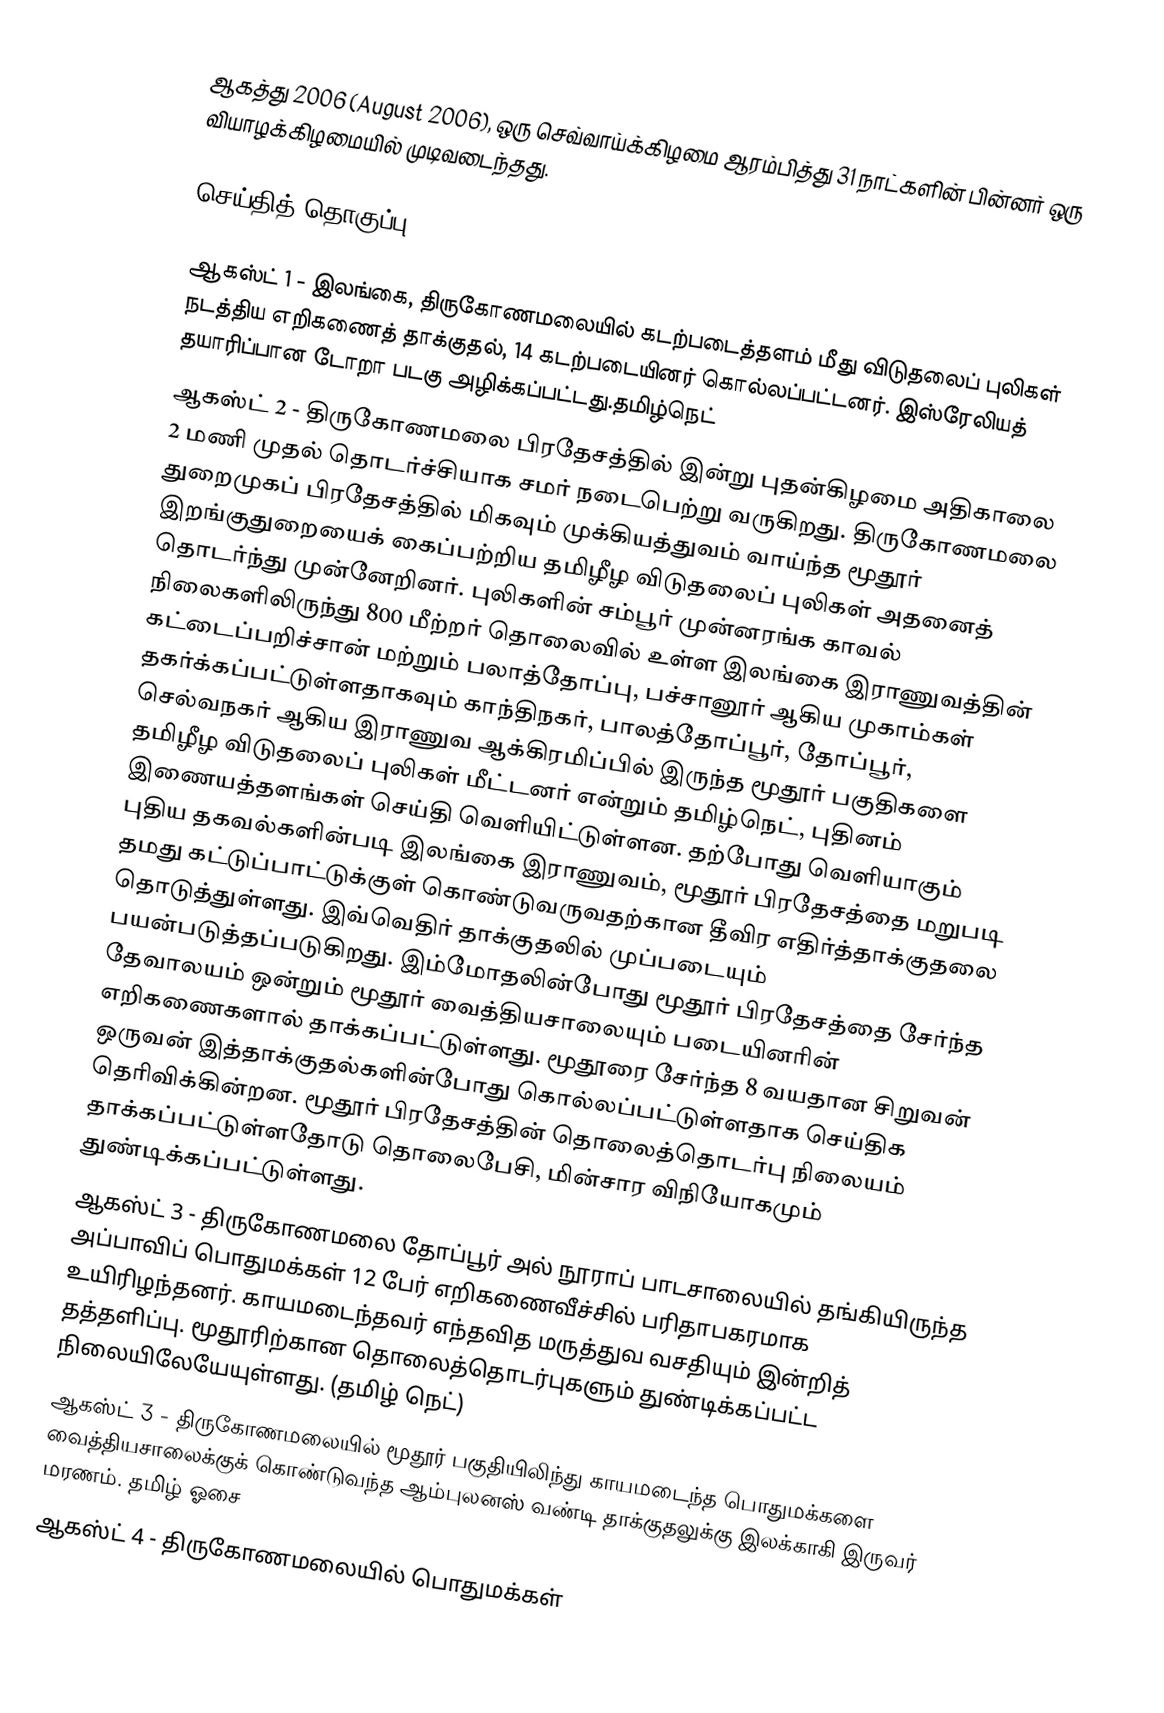
ஆகத்து 2006 (August 2006), ஒரு செவ்வாய்க்கிழமை ஆரம்பித்து 31 நாட்களின் பின்னர் ஒரு வியாழக்கிழமையில் முடிவடைந்தது.

செய்தித் தொகுப்பு

 ஆகஸ்ட் 1 - இலங்கை, திருகோணமலையில் கடற்படைத்தளம் மீது விடுதலைப் புலிகள் நடத்திய எறிகணைத் தாக்குதல், 14 கடற்படையினர் கொல்லப்பட்டனர். இஸ்ரேலியத் தயாரிப்பான டோறா படகு அழிக்கப்பட்டது.தமிழ்நெட்
 ஆகஸ்ட் 2 - திருகோணமலை பிரதேசத்தில் இன்று புதன்கிழமை அதிகாலை 2 மணி முதல் தொடர்ச்சியாக சமர் நடைபெற்று வருகிறது. திருகோணமலை துறைமுகப் பிரதேசத்தில் மிகவும் முக்கியத்துவம் வாய்ந்த மூதூர் இறங்குதுறையைக் கைப்பற்றிய தமிழீழ விடுதலைப் புலிகள் அதனைத் தொடர்ந்து முன்னேறினர். புலிகளின் சம்பூர் முன்னரங்க காவல் நிலைகளிலிருந்து 800 மீற்றர் தொலைவில் உள்ள இலங்கை இராணுவத்தின் கட்டைப்பறிச்சான் மற்றும் பலாத்தோப்பு, பச்சானூர் ஆகிய முகாம்கள் தகர்க்கப்பட்டுள்ளதாகவும் காந்திநகர், பாலத்தோப்பூர், தோப்பூர், செல்வநகர் ஆகிய இராணுவ ஆக்கிரமிப்பில் இருந்த மூதூர் பகுதிகளை தமிழீழ விடுதலைப் புலிகள் மீட்டனர் என்றும் தமிழ்நெட், புதினம்  இணையத்தளங்கள் செய்தி வெளியிட்டுள்ளன. தற்போது வெளியாகும் புதிய தகவல்களின்படி இலங்கை இராணுவம், மூதூர் பிரதேசத்தை மறுபடி தமது கட்டுப்பாட்டுக்குள் கொண்டுவருவதற்கான தீவிர எதிர்த்தாக்குதலை தொடுத்துள்ளது. இவ்வெதிர் தாக்குதலில் முப்படையும் பயன்படுத்தப்படுகிறது. இம்மோதலின்போது மூதூர் பிரதேசத்தை சேர்ந்த தேவாலயம் ஒன்றும் மூதூர் வைத்தியசாலையும் படையினரின் எறிகணைகளால் தாக்கப்பட்டுள்ளது. மூதூரை சேர்ந்த 8 வயதான சிறுவன் ஒருவன் இத்தாக்குதல்களின்போது கொல்லப்பட்டுள்ளதாக செய்திக தெரிவிக்கின்றன. மூதூர் பிரதேசத்தின் தொலைத்தொடர்பு நிலையம் தாக்கப்பட்டுள்ளதோடு தொலைபேசி, மின்சார விநியோகமும்  துண்டிக்கப்பட்டுள்ளது.
 ஆகஸ்ட் 3 - திருகோணமலை தோப்பூர் அல் நூராப் பாடசாலையில் தங்கியிருந்த அப்பாவிப் பொதுமக்கள் 12 பேர் எறிகணைவீச்சில் பரிதாபகரமாக உயிரிழந்தனர். காயமடைந்தவர் எந்தவித மருத்துவ வசதியும் இன்றித் தத்தளிப்பு. மூதூரிற்கான தொலைத்தொடர்புகளும் துண்டிக்கப்பட்ட நிலையிலேயேயுள்ளது. (தமிழ் நெட்)
 ஆகஸ்ட் 3 - திருகோணமலையில் மூதூர் பகுதியிலிந்து காயமடைந்த பொதுமக்களை வைத்தியசாலைக்குக் கொண்டுவந்த ஆம்புலனஸ் வண்டி தாக்குதலுக்கு இலக்காகி இருவர் மரணம். தமிழ் ஓசை
ஆகஸ்ட் 4 - திருகோணமலையில் பொதுமக்கள்